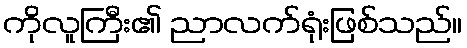
ကိုလူကြီး၏ ညာလက်ရုံးဖြစ်သည်။